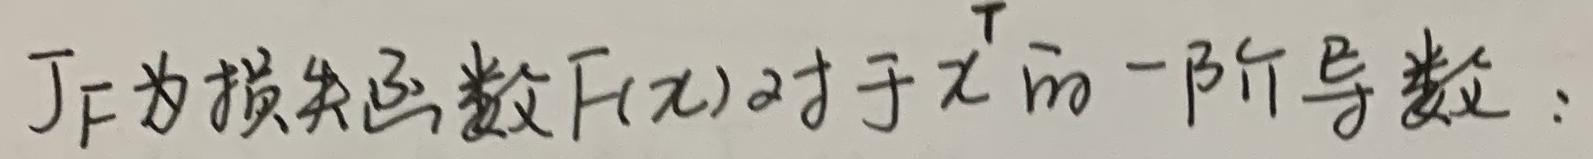
$J_F$为损失函数$F(x)$对于$x^T$的一阶导数：